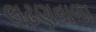
લઢણવાળા